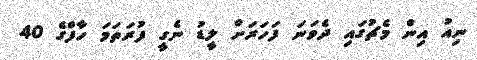
ނިއު އިން މެޗުގައި ދެވަނަ ފަހަރަށް ލީޑު ނެގީ ފުރަތަމަ ހާފްގެ 40